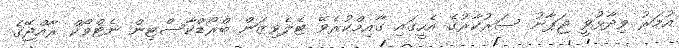
އުމަރު ވިދާޅުވީ ޖަޕާނު ސަރުކާރުގެ އެހީގައި ގާއިމްކުރެވޭ ޓެލެވިޒަން ބްރޯޑްކާސްޓިން ނެޓްވޯކް ރާއްޖޭގެ